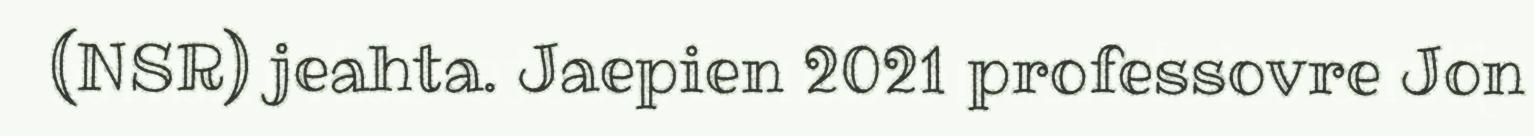
(NSR) jeahta. Jaepien 2021 professovre Jon